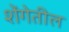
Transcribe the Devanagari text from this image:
शेंगेतील